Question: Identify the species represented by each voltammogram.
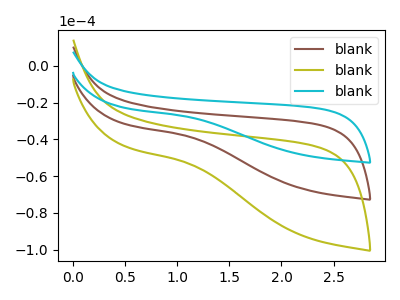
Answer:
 <answer>The brown curve is labeled "blank1". The olive curve is labeled "blank2". The cyan curve is labeled "blank3".</answer>
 <eval></eval>